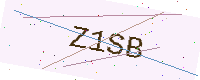
Text: Z1SB